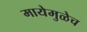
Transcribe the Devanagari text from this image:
मायेमुळेच